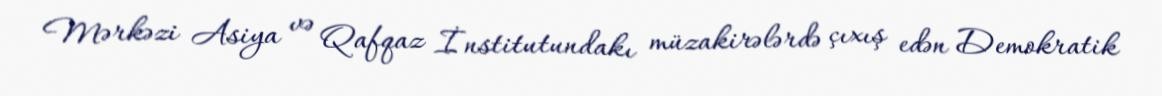
Mərkəzi Asiya və Qafqaz İnstitutundakı müzakirələrdə çıxış edən Demokratik